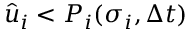
\hat { u } _ { i } < P _ { i } ( \sigma _ { i } , \Delta t )